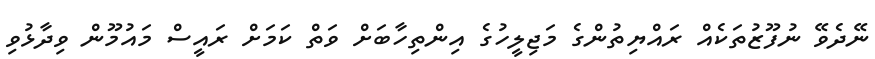
ނޭދެވޭ ނުފޫޒުތަކެއް ރައްޔިތުންގެ މަޖިލީހުގެ އިންތިހާބަށް ވަތް ކަމަށް ރައީސް މައުމޫން ވިދާޅުވި